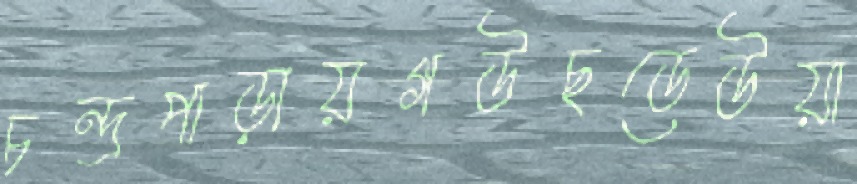
চন্দ্রপাড়ায়গউছডেউয়া